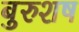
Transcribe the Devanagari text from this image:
बुरुशष